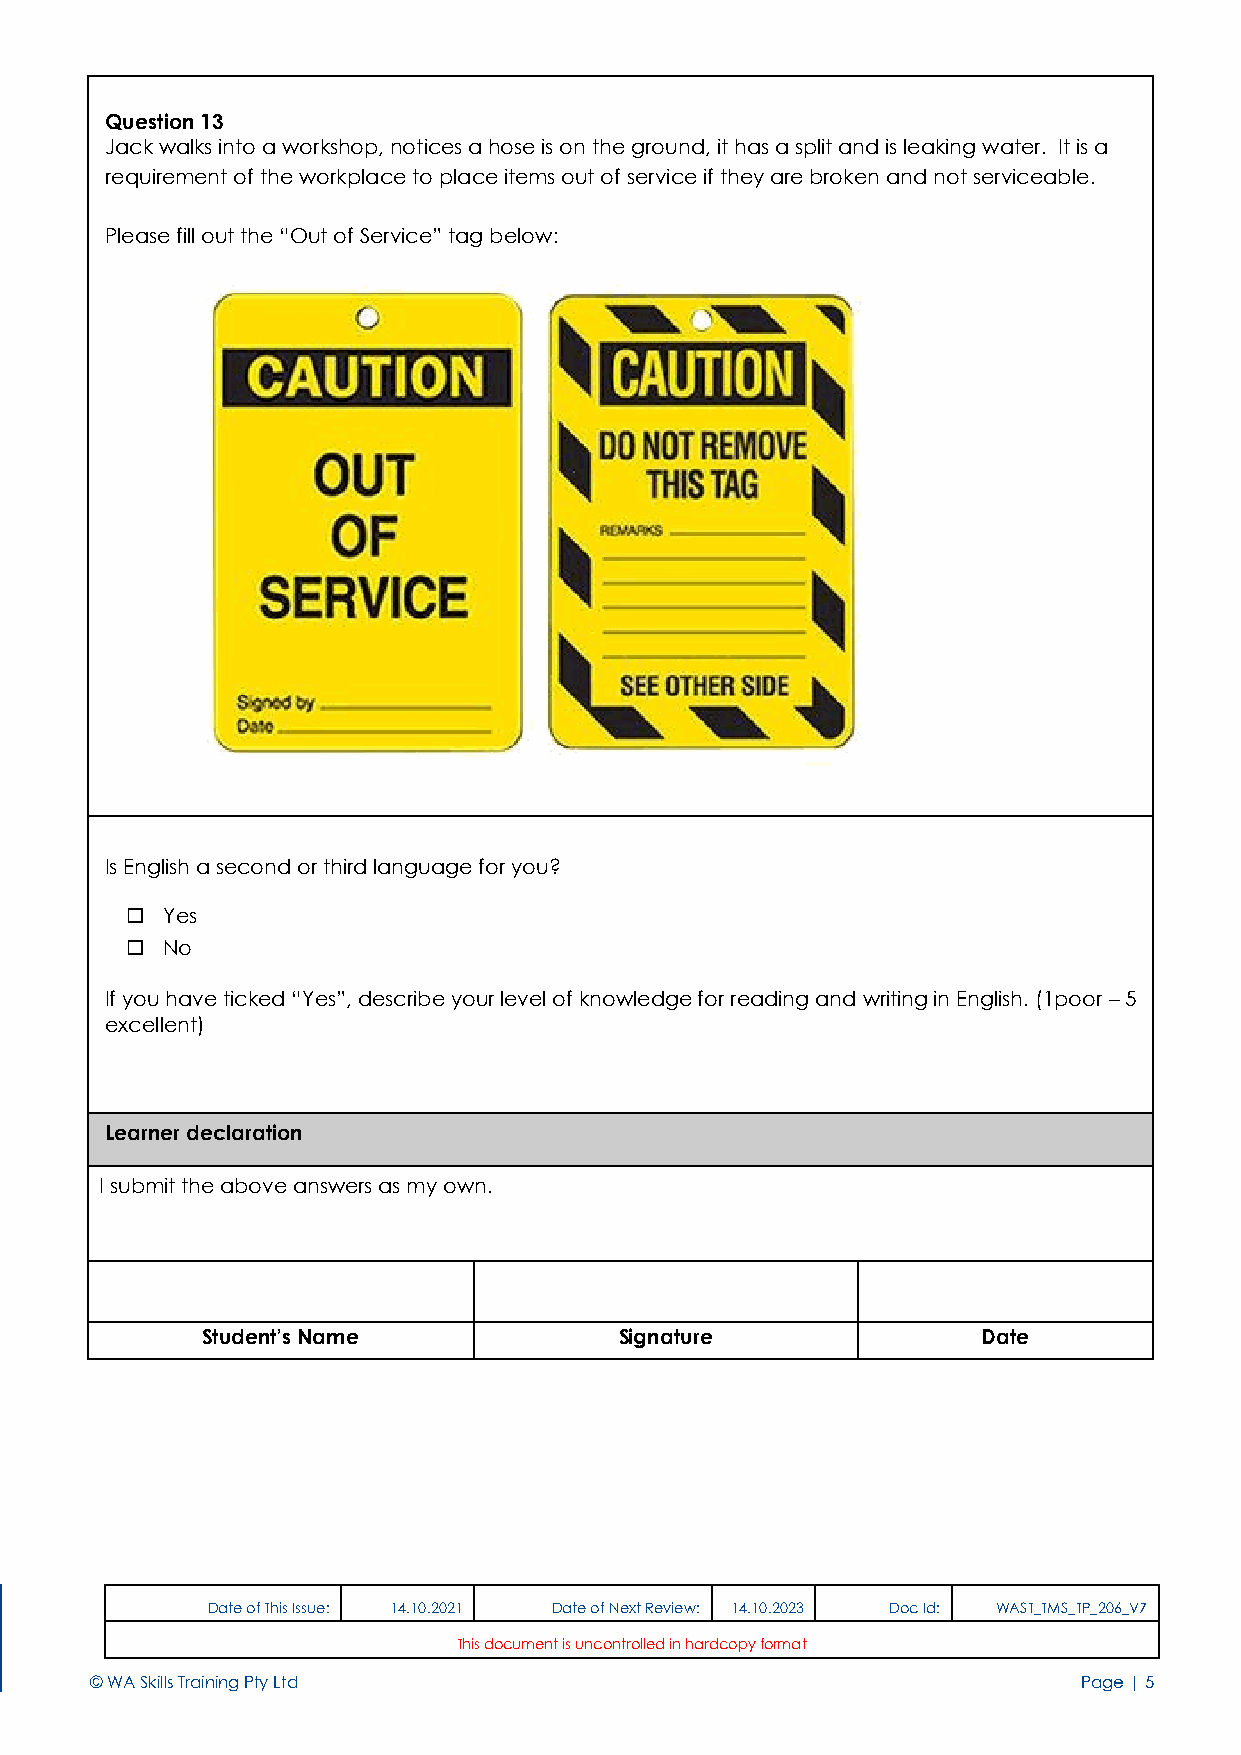
Question 13
 Jack walks into a workshop, notices a hose is on the ground, it has a split and is leaking water. It is a
 requirement of the workplace to place items out of service if they are broken and not serviceable.
 Please fill out the “Out of Service” tag below:
 Is English a second or third language for you?
   Yes
   No
 If you have ticked “Yes”, describe your level of knowledge for reading and writing in English. (1poor – 5
 excellent)
 Learner declaration
 I submit the above answers as my own.
 Student’s Name              Signature               Date
 5             Date of This Issue: 14.10.2021 Date of Next Review: 14.10.2023 Doc Id: WAST_TMS_TP_206_V7
 This document is uncontrolled in hardcopy format
 © WA Skills Training Pty Ltd                                      Page | 5